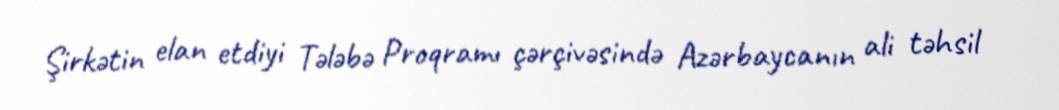
Şirkətin elan etdiyi Tələbə Proqramı çərçivəsində Azərbaycanın ali təhsil